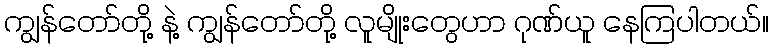
ကျွန်တော်တို့ နဲ့ ကျွန်တော်တို့ လူမျိုးတွေဟာ ဂုဏ်ယူ နေကြပါတယ်။